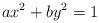
LaTeX: \begin{align*}ax^2 + by^2 = 1 \end{align*}